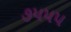
૭પપપ